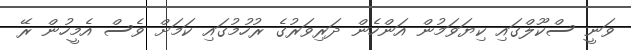
ވަނީ ސްކޫލްގައި ކިޔަވަމުން އަންހެން ދަރިވަރުގެ ރުހުމުގައި ކަމަށް ވެސް އެމީހުން ރޭ